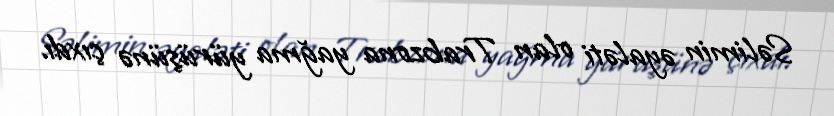
Səlimin əyaləti olan Trabzona yağma yürüşünə çıxdı.